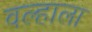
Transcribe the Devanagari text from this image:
वल्हाला